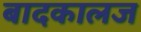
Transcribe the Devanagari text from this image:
बादकालज